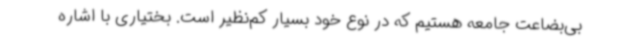
بی‌بضاعت جامعه هستیم که در نوع خود بسیار کم‌نظیر است. بختیاری با اشاره